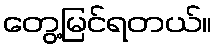
တွေ့မြင်ရတယ်။